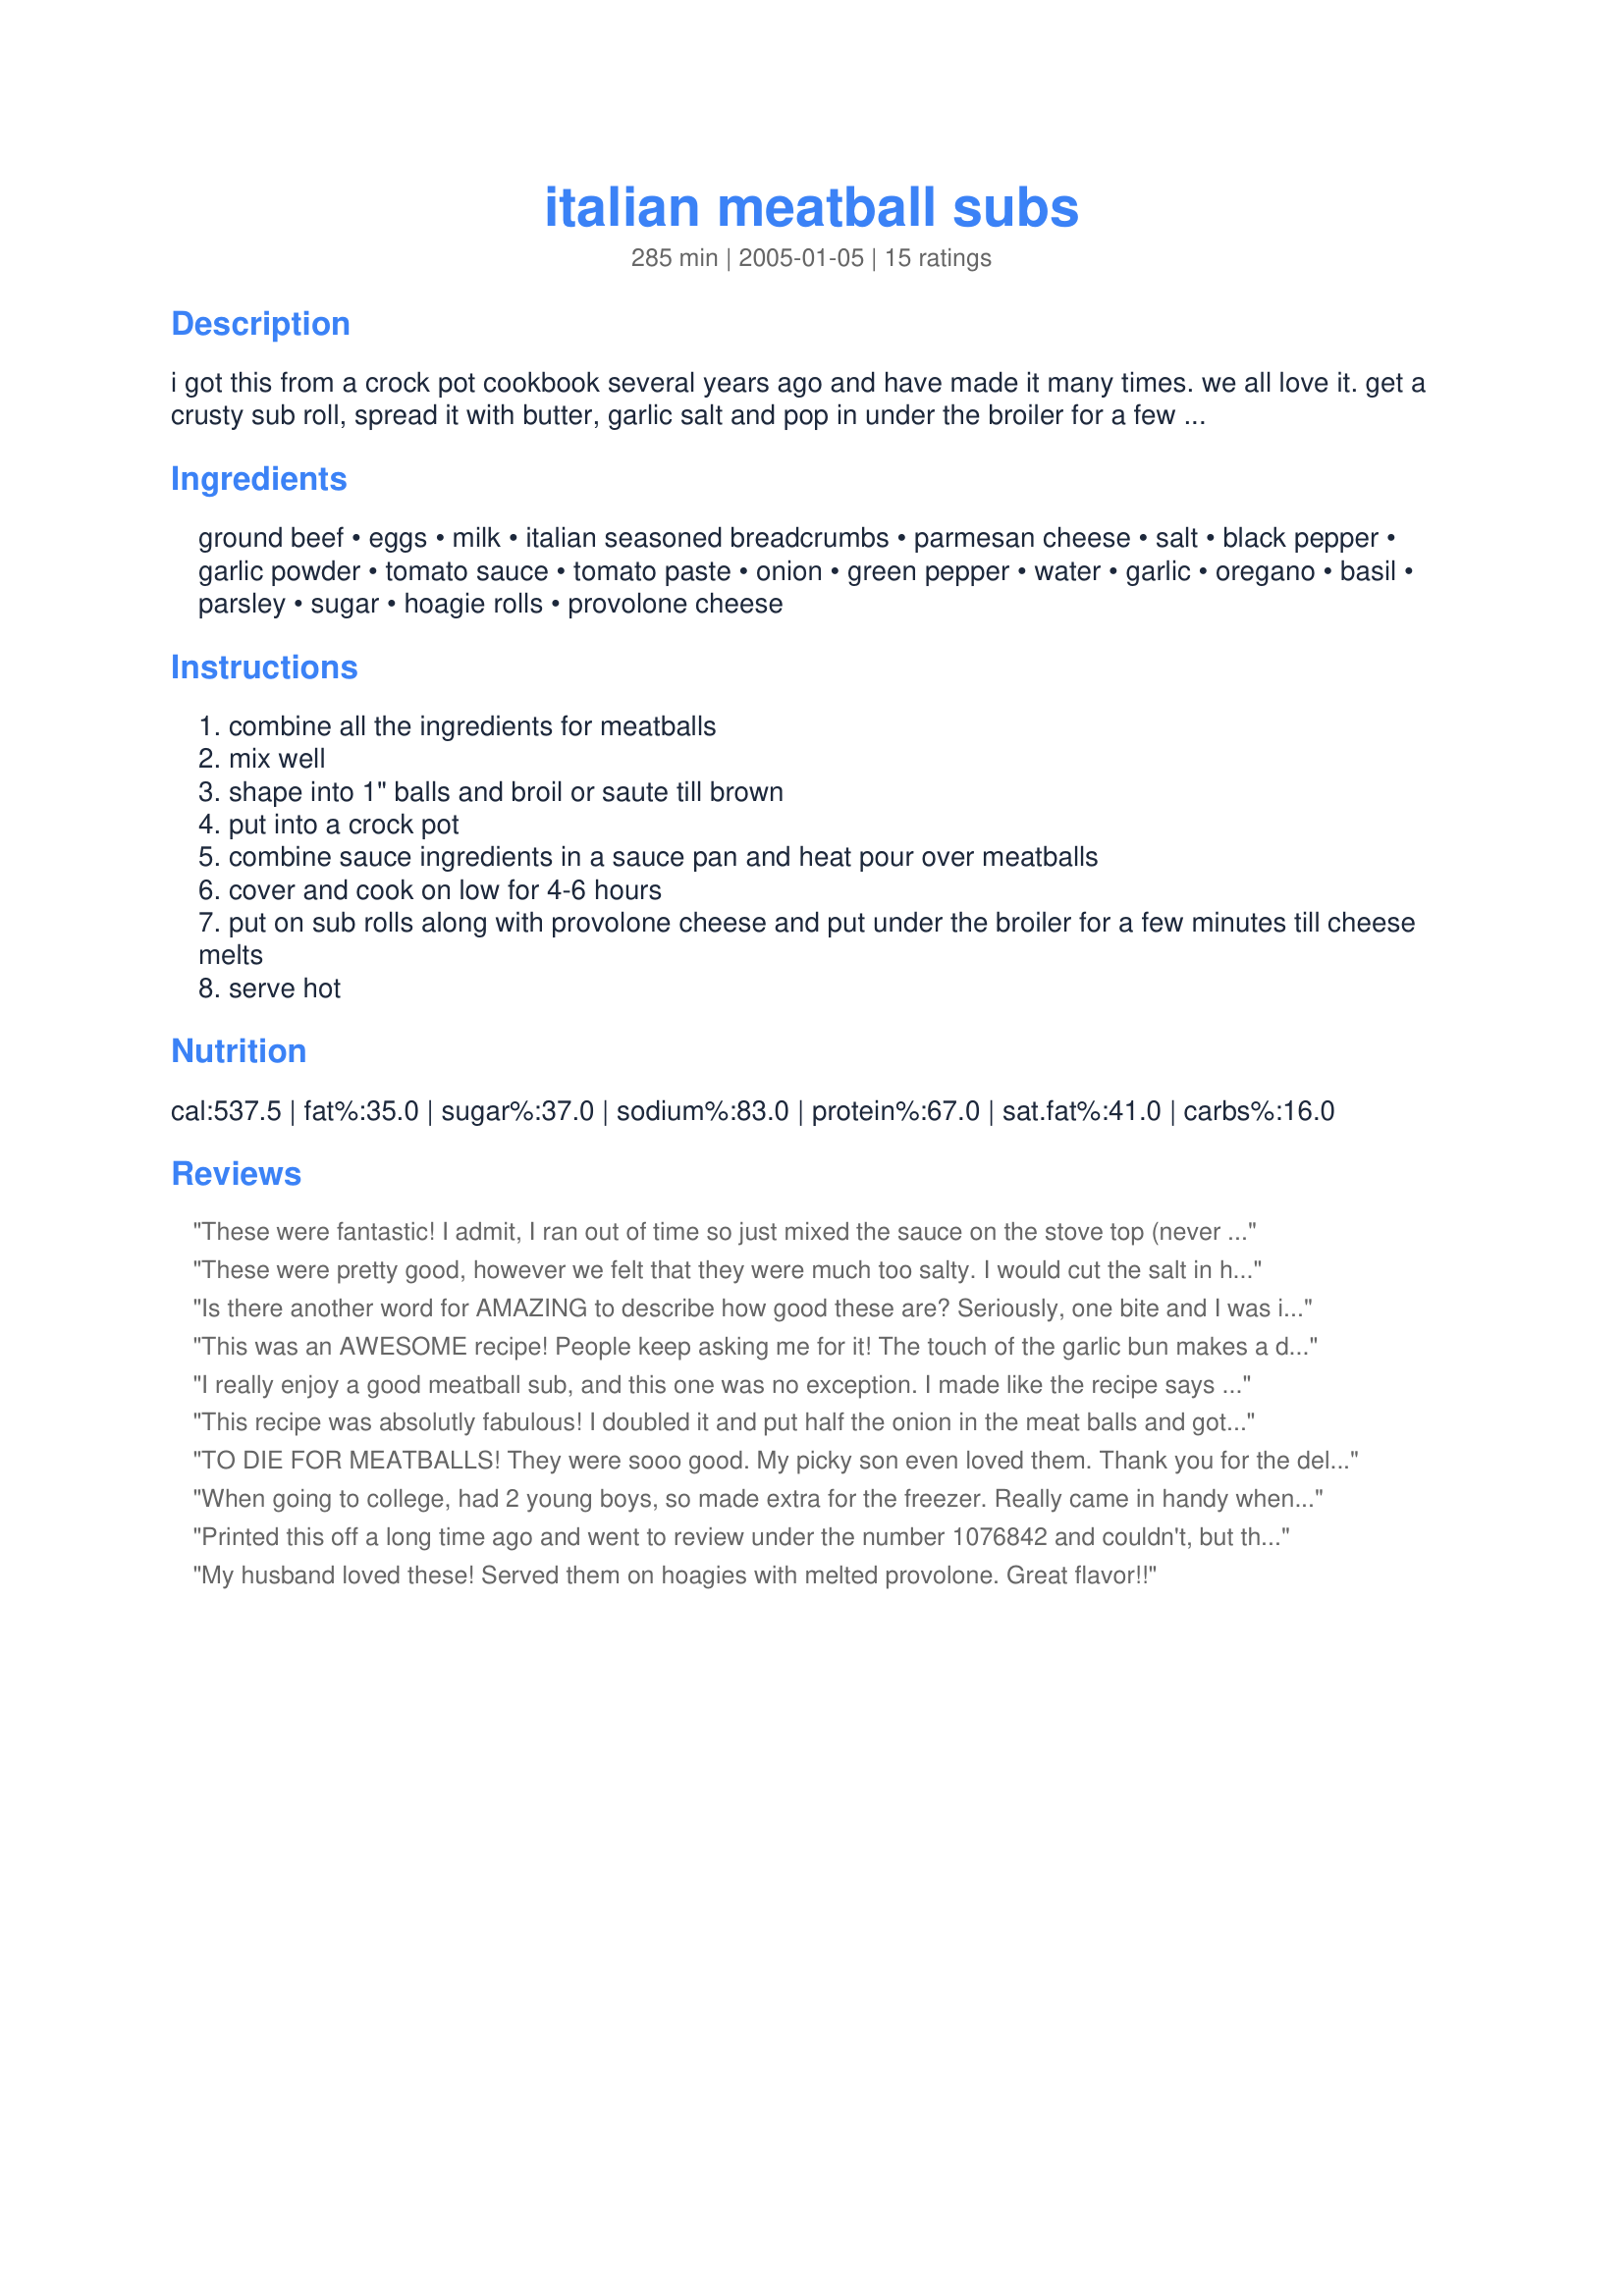
italian meatball subs
Preparation time: 285 minutes

i got this from a crock pot cookbook several years ago and have made it many times. we all love it. get a crusty sub roll, spread it with butter, garlic salt and pop in under the broiler for a few minutes and then make your sandwich. it is yummy and easy.

Ingredients:
ground beef, eggs, milk, italian seasoned breadcrumbs, parmesan cheese, salt, black pepper, garlic powder, tomato sauce, tomato paste, onion, green pepper, water, garlic, oregano, basil, parsley, sugar, hoagie rolls, provolone cheese

Steps:
combine all the ingredients for meatballs
mix well
shape into 1" balls and broil or saute till brown
put into a crock pot
combine sauce ingredients in a sauce pan and heat pour over meatballs
cover and cook on low for 4-6 hours
put on sub rolls along with provolone cheese and put under the broiler for a few minutes till cheese melts
serve hot

Reviews:
These were fantastic! I admit, I ran out of time so just mixed the sauce on the stove top (never used a crock pot!) It was incredibly easy and delish. I used low fat cheese and egg whites instead of regular eggs. Also, I didn't know I was out of milk until I began this recipe (long day :)) so I subbed light sour cream. I topped with the cream cheese spread from Recipe #59289 which made these out of this world! Thanks so much for sharing!
These were pretty good, however we felt that they were much too salty. I would cut the salt in half in the sauce and I would leave the salt out of the meatballs altogether. It calls for seasoned breadcrumbs and parmesan cheese, both which are already very salty. If you add the salt on top of it, it is too much. I will make these again trying it that way.
Is there another word for AMAZING to describe how good these are? Seriously, one bite and I was in heaven. I did it a bit differently to cut down steps. I used 1lb ground turkey, mixed that with one egg and the rest of the ingredients as it. For the sauce I used a bottle of spaghetti sauce, half a bell pepper cut up, half an onion sliced, a clove of garlic sliced. Put it in the crock pot on high for one hour and it was done. (Cook your meatballs first in the oven of course). Assembled the sandwich by digging out the bread in the middle and forming a well for the meatballs to sit in. Spread with butter, sprinkle with garlic salt, place meatballs, layer pepperoni's on top of that and two big slices of provolone cheese. Put under broiler for 4 minutes. So delicious. Thanks for the recipe!
This was an AWESOME recipe! People keep asking me for it! The touch of the garlic bun makes a difference too. I served it with provolone and it was a hit on football day!
I really enjoy a good meatball sub, and this one was no exception. I made like the recipe says using the ingredients listed, but cut back to 1/2 tsp. on the salt in the meatballs. Worked out great for us. DS and his wife thought they were excellent and so did I! We will have these often for lunches. I made a double batch and froze some of the sauce and meatballs in qt. size Ziploc baggies, to have again when I want something quick. Oh almost forgot, I didn't use green pepper in the sauce as I didn't have any and it was great anyway. I cooked meatballs in the oven on a cookie sheet, then added to the sauce on top of the stove and cooked for 3 hrs. on low. Melted the provolone on top and served sprinkled with extra parmesan cheese in sub rolls. Thanks for this awesome recipe Mimi! Milt
This recipe was absolutly fabulous! I doubled it and put half the onion in the meat balls and got about 3 marriage proposals after it! Great for a group of people, keep it on warm in the crock pot so no matter when someone gets there they have a nice hott meal! :D Definitly a MUST MAKE!
TO DIE FOR MEATBALLS! They were sooo good. My picky son even loved them. Thank you for the delicious recipe!
When going to college, had 2 young boys, so made extra for the freezer. Really came in handy when studying for midterms! Camzmom, as often as you make these, may work for you. Thank you Tired Grandma for the tip about sauteing the onions, like you I hate any crunch in the onions! That's the reason I quit buying most of the Ragus, they began using crunchy onions that refuse to get any softer when simmering the sauce. Another quick way I learned while in college to cook meatballs was to place them in round baking dishes, cover w/waxed paper &amp; place in micro for 5-10 minutes. Half way through pulled balls outside circle to the inside for even cooking. Used slotted spoon to remove leaving any fat behind. Going to make this great recipe soon. Thank you for sharing the recipe!
Printed this off a long time ago and went to review under the number 1076842 and couldn't, but this is the exact same recipe. DELICIOUS. I cook the meatballs on a cooking stone in the oven rather than broil or saute and prefer shredded mozzarella over the provolone. The last few times I omitted all salt and used low sodium tomato products (hubby has HBP) with no ill results. Meatball/sauce mixture also freezes and reheats well. I always make a double batch and throw it in the freezer for a night I don't have time or feel like cooking.
My husband loved these! Served them on hoagies with melted provolone. Great flavor!!
Ok, so I have always taken the sub roll and cut off one end of the roll. I do not slice the roll all the way down at all. Then I take tongs and remove some the bread insides from that cut end almost all the way down to the other end. I then mix the meatballs with the marinara and real grated parmesan cheese and stuff the sub roll ! This makes for a very tasty sub and NO MESS !!
Good and I want your sub, too.
The past 9 years I live in a small town, this took me back to my city days where I had access to good Italian restaurants and food. Was a perfect meal on a cold Saturday night. Thanks
These were great! My DH dosen't normally like meatballs but he thought these were the best he had ever eaten. Love that you cook them in the crock pot. They were simple and easy. Thanks for posting this yummy recipe.
These are to die for! I just love the recipe. I didn't realize there wasn't a photo posted of these delious meatball subs, so when I make them next time I will take a picture and post it. I made the recipe just as written, except I didn't use green pepper (didn't have any), and instead of the tomato paste I used puree (all I had in the house). Wow these are great! I'm so glad I found this recipe and tried them I made them last fiday and then again last night not even a week passed before I had to make them again. Good job Mimi!
